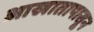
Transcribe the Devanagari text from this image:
आखातापासून